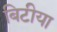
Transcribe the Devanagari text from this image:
बिटीया